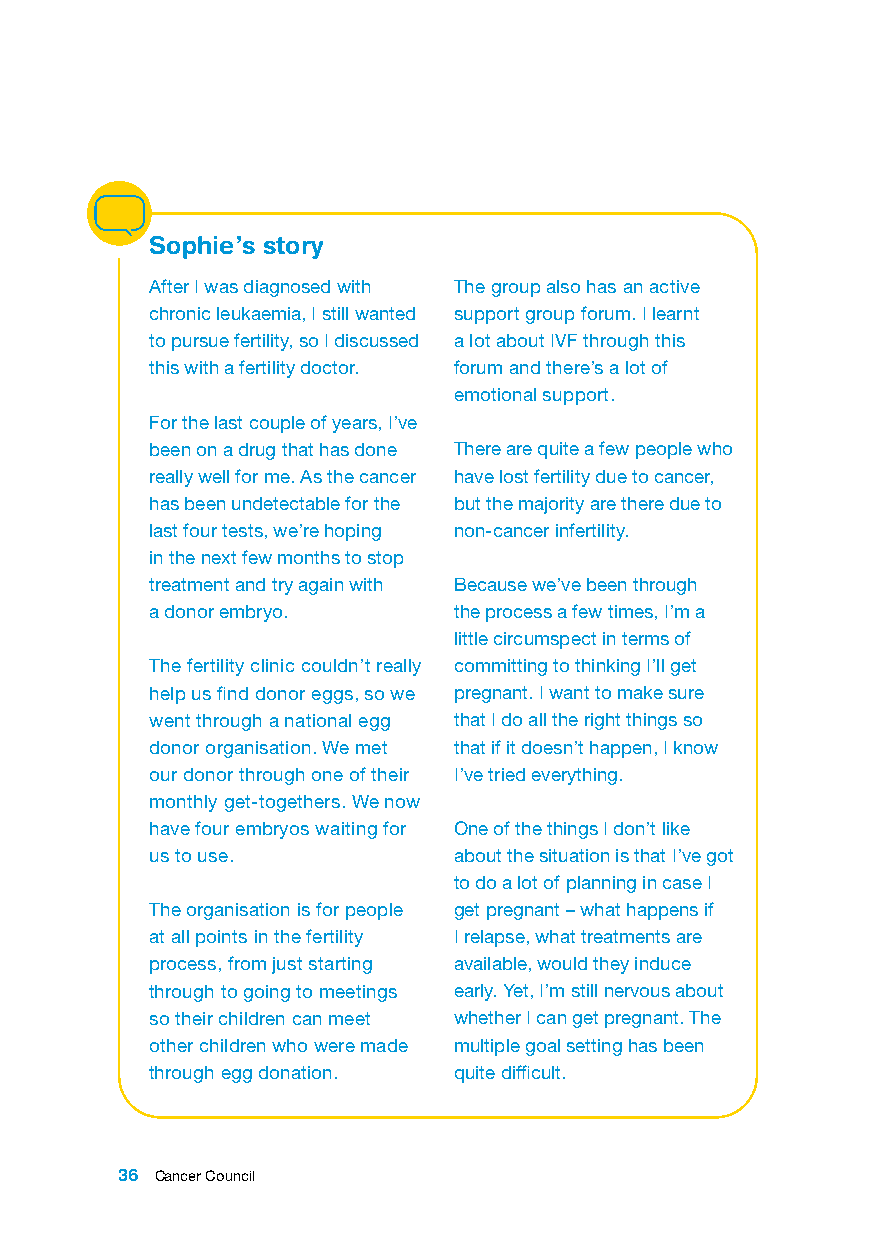
Sophie’s story
 After I was diagnosed with The group also has an active
 chronic leukaemia, I still wanted support group forum. I learnt
 to pursue fertility, so I discussed a lot about IVF through this
 this with a fertility doctor. forum and there’s a lot of
 emotional support.
 For the last couple of years, I’ve
 been on a drug that has done There are quite a few people who
 really well for me. As the cancer have lost fertility due to cancer,
 has been undetectable for the but the majority are there due to
 last four tests, we’re hoping non-cancer infertility.
 in the next few months to stop
 treatment and try again with Because we’ve been through
 a donor embryo.     the process a few times, I’m a
 little circumspect in terms of
 The fertility clinic couldn’t really committing to thinking I’ll get
 help us find donor eggs, so we pregnant. I want to make sure
 went through a national egg that I do all the right things so
 donor organisation. We met that if it doesn’t happen, I know
 our donor through one of their I’ve tried everything.
 monthly get-togethers. We now
 have four embryos waiting for One of the things I don’t like
 us to use.          about the situation is that I’ve got
 to do a lot of planning in case I
 The organisation is for people get pregnant – what happens if
 at all points in the fertility I relapse, what treatments are
 process, from just starting available, would they induce
 through to going to meetings early. Yet, I’m still nervous about
 so their children can meet whether I can get pregnant. The
 other children who were made multiple goal setting has been
 through egg donation. quite difficult.
 36 Cancer Council